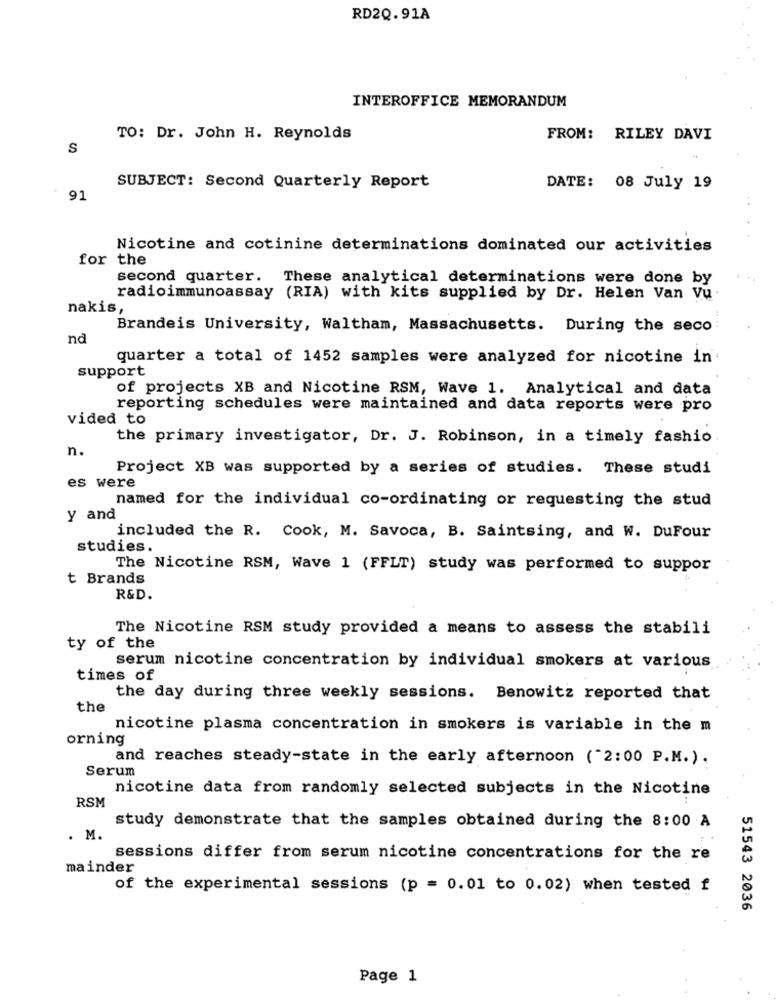
RD2Q.91A
INTEROFFICE MEMORANDUM
TO: Dr. John H. Reynolds
FROM: RILEY DAVI
S
SUBJECT: Second Quarterly Report
DATE: 08 July 19
91
Nicotine and cotinine determinations dominated our activities
for the
second quarter. These analytical determinations were done by
radioimmunoassay (RIA) with kits supplied by Dr. Helen Van Vu
nakis,
Brandeis University, Waltham, Massachusetts. During the seco:
nd
quarter a total of 1452 samples were analyzed for nicotine in
support
of projects XB and Nicotine RSM, Wave 1. Analytical and data
reporting schedules were maintained and data reports were pro
vided to
the primary investigator, Dr. J. Robinson, in a timely fashio
n.
Project XB was supported by a series of studies. These studi
es were
named for the individual co-ordinating or requesting the stud
y and
included the R. Cook, M. Savoca, B. Saintsing, and W. DuFour
studies.
The Nicotine RSM, Wave 1 (FFLT) study was performed to suppor
t Brands
R&D.
The Nicotine RSM study provided a means to assess the stabili
ty of the
serum nicotine concentration by individual smokers at various
times of
the day during three weekly sessions. Benowitz reported that
the
nicotine plasma concentration in smokers is variable in the m
orning
and reaches steady-state in the early afternoon ("2:00 P.M.).
Serum
nicotine data from randomly selected subjects in the Nicotine
RSM
study demonstrate that the samples obtained during the 8:00 A
. M.
sessions differ from serum nicotine concentrations for the re
mainder
of the experimental sessions (p = 0.01 to 0.02) when tested f
51543 2036
Page 1